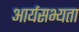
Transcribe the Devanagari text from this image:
आर्यसभ्यता